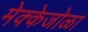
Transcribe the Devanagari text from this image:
मेक्केजोळा